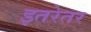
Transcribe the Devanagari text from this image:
इतरेतर